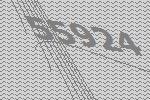
55924